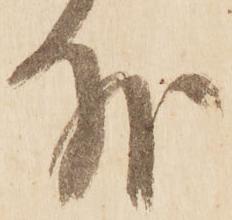
外